Insane asylums Bombay 1873-77 - 1873-1877
Year: 1873
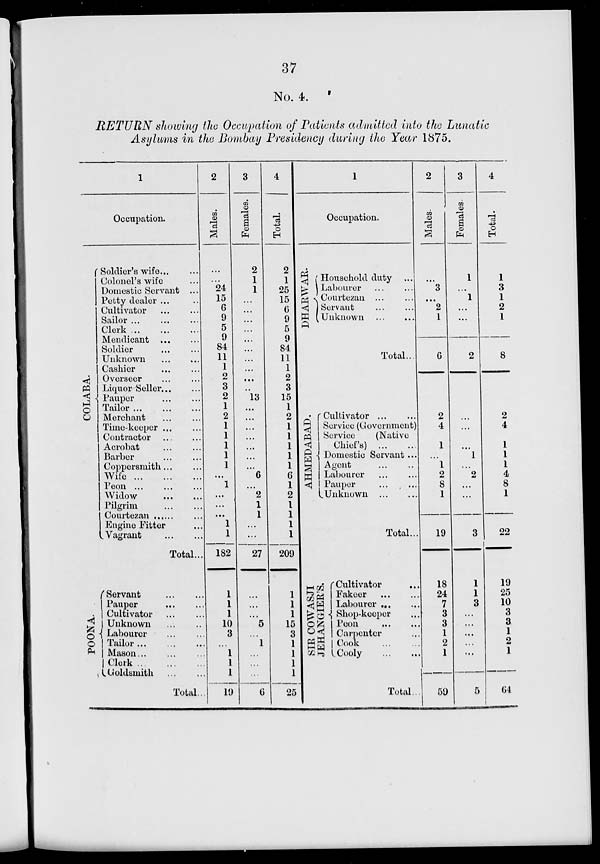
37
No. 4.
RETURN showing the Occupation of Patients admitted into the Lunatic
Asylums in the Bombay Presidency during the Year 1875.
1
Occupation.
COLABA.
Soldier's wife ... ...
Colonel's wife ...
Domestic Servant ...
Petty dealer ...
Cultivator
...
...
Sailor ... ... ...
Clerk
...
...
...
Mendicant
...
...
Soldier
...
...
Unknown
...
...
Cashier ... ...
Overseer ... ...
Liquor Seller ... ...
Pauper ... ...
Tailor
...
...
...
Merchant
...
...
Time-keeper ... ...
Contractor ... ...
Acrobat ... ...
Barber ... ...
Coppersmith ... ...
Wife
...
...
...
Peon ... ... ...
Widow
...
...
Pilgrim ... ...
Courtezan ... ...
Engine Fitter ...
Vagrant
...
...
Total...
POONA.
Servant
...
...
Pauper
...
...
Cultivator
...
...
Unknown
...
...
Labourer
...
...
Tailor
...
...
Mason
...
...
Clerk ... ...
Goldsmith
...
...
Total..
2
Males.
...
...
24
15
6
9
5
9
84
11
1
2
3
2
1
2
1
1
1
1
1
...
1
...
...
...
1
1
182
1
1
1
10
3
...
1
1
1
19
3
Females.
2
1
1
...
...
...
...
...
...
...
...
...
..
13
...
...
...
...
...
...
...
6
...
2
1
1
...
...
27
...
...
...
5
...
1
...
...
...
6
4
Total.
2
1
25
15
6
9
5
9
84
11
1
2
3
15
1
2
1
1
1
1
1
6
1
2
1
1
1
1
209
1
1
1
15
3
1
1
1
1
25
1
Occupation.
DHARWAR.
Household duty ...
Labourer ... ...
Courtezan ... ...
Servant ... ...
Unknown
...
...
Total...
AHMEDABAD.
Cultivator ... ...
Service (Government)
Service
(Native
Chiefs)
...
...
Domestic Servant ...
Agent ... ...
Labourer ... ...
Pauper
...
...
Unknown
...
...
Total...
SIR COWASJI
JEHANGIER'S.
Cultivator ...
Fakeer
...
...
Labourer ... ...
Shop-keeper ...
Peon ... ...
Carpenter ...
Cook
...
...
Cooly
...
...
Total...
2
Males.
...
3
...
2
1
6
2
4
1
...
1
2
8
1
19
18
24
7
3
3
1
2
1
59
3
Females.
1
...
1
...
...
2
...
...
...
1
...
2
...
...
3
1
1
3
...
...
...
...
...
5
4
Total.
1
3
1
2
1
8
2
4
1
1
1
4
8
1
22
19
25
10
3
3
1
2
1
64